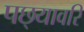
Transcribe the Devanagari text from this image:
पछ्यावरि